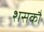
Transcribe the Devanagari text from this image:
शसकौ